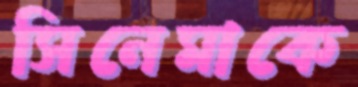
সিনেমাকে